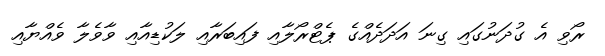
ރޯވި އެ ގުދަނުގައި ގިނަ އަދަދެއްގެ ޕެޓްރޯލާއި ފައިބަރާއި ލަކުޑިއާއި ވާވެލާ ވެއްޔާއި